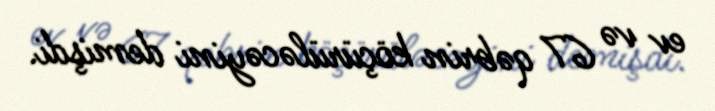
ev və 67 qəbrin köçürüləcəyini demişdi.